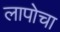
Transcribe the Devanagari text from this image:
लापोचा